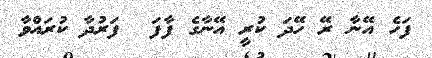
ފަހެ އޭނާ ރޭ ހޭދަ ކުރީ އޭނާގެ ފާފަ  ފަރުދާ ކުރައްވާ